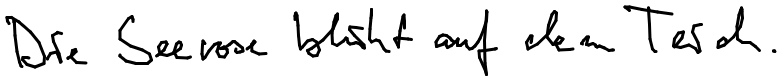
Die Seerose blüht auf dem Teich.